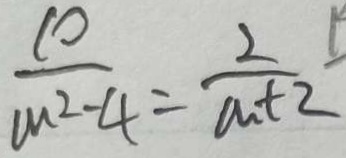
\frac { 1 0 } { m ^ { 2 } - 4 } = \frac { 2 } { a + 2 }